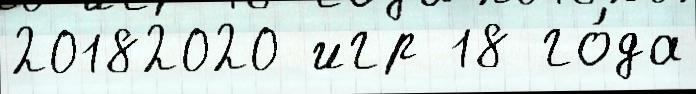
20182020 игр 18 го́да